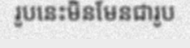
រូបនេះមិនមែនជារូប